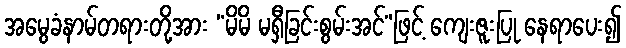
အမွေခံနာမ်တရားတို့အား “မိမိ မရှီခြင်းစွမ်းအင်”ဖြင့် ကျေးဇူးပြု နေရာပေး၍